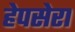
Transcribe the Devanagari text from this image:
हेपसेरा